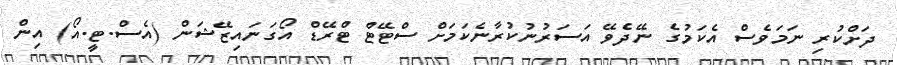
ދަށްކުރި ނަމަވެސް އެކަމުގެ ނޭދެވޭ އަސަރުނުކުރާނެކަމަށް ސްޓޭޓް ޓްރޭޑް އޯގަނައިޒޭޝަން (އެސް.ޓީ.އޯ) އިން